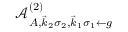
\mathcal { A } _ { A , \vec { k } _ { 2 } \sigma _ { 2 } , \vec { k } _ { 1 } \sigma _ { 1 } \gets g } ^ { ( 2 ) }